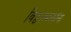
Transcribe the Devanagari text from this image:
विठ्ठलभक्तांना